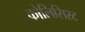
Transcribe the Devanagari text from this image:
कोलिसिस्ट